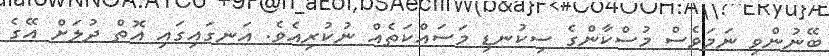
ބޭނުންވި ނަމަވެސް މުސްކާންގެ ސިކުނޑި މަސައްކަތެއް ނުކުރިއެވެ. އަނގައިގައި އޮތް ދުލަށް އޭގެ